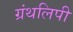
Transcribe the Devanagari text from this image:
ग्रंथलिपी